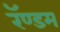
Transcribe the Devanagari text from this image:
रॅण्डम